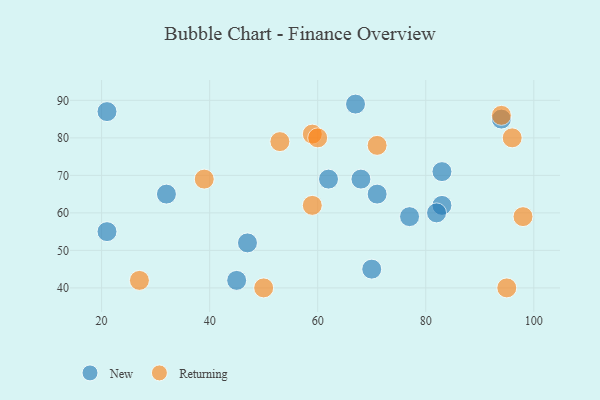
{"axis": {"x": "GDP", "y": "Life Expectancy"}, "legend": ["New", "Returning"], "data": [{"x": "47", "y": 52, "type": "New"}, {"x": "45", "y": 42, "type": "New"}, {"x": "21", "y": 87, "type": "New"}, {"x": "62", "y": 69, "type": "New"}, {"x": "21", "y": 55, "type": "New"}, {"x": "77", "y": 59, "type": "New"}, {"x": "68", "y": 69, "type": "New"}, {"x": "67", "y": 89, "type": "New"}, {"x": "70", "y": 45, "type": "New"}, {"x": "83", "y": 62, "type": "New"}, {"x": "32", "y": 65, "type": "New"}, {"x": "71", "y": 65, "type": "New"}, {"x": "94", "y": 85, "type": "New"}, {"x": "82", "y": 60, "type": "New"}, {"x": "83", "y": 71, "type": "New"}, {"x": "98", "y": 59, "type": "Returning"}, {"x": "39", "y": 69, "type": "Returning"}, {"x": "59", "y": 81, "type": "Returning"}, {"x": "27", "y": 42, "type": "Returning"}, {"x": "50", "y": 40, "type": "Returning"}, {"x": "53", "y": 79, "type": "Returning"}, {"x": "60", "y": 80, "type": "Returning"}, {"x": "96", "y": 80, "type": "Returning"}, {"x": "95", "y": 40, "type": "Returning"}, {"x": "59", "y": 62, "type": "Returning"}, {"x": "71", "y": 78, "type": "Returning"}, {"x": "94", "y": 86, "type": "Returning"}]}